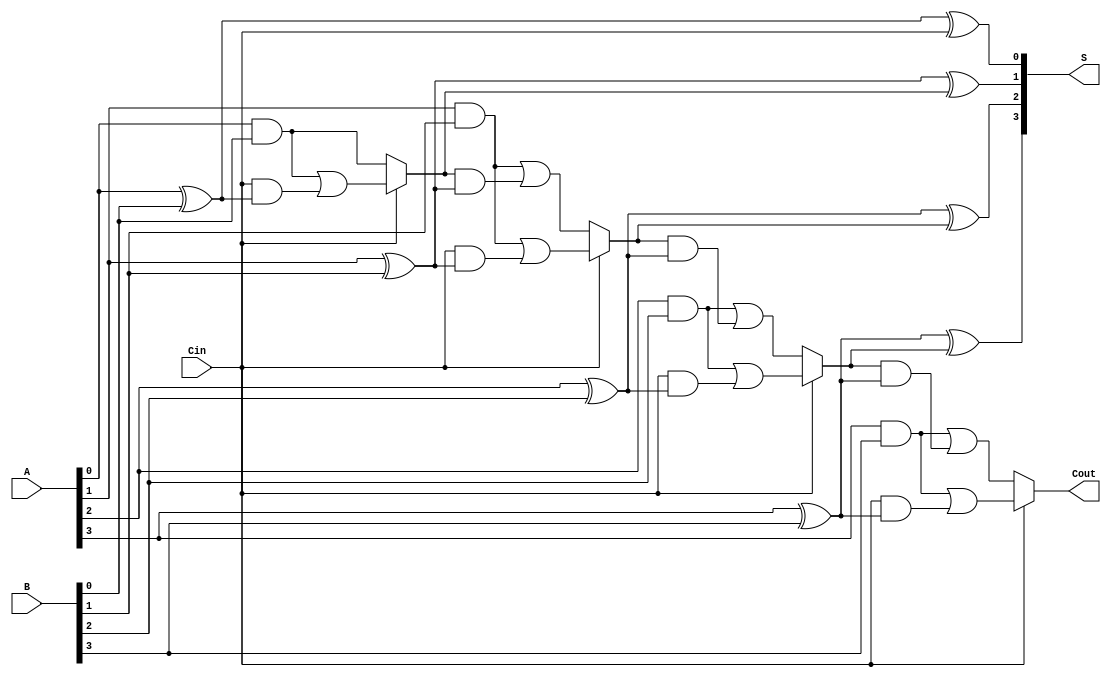
module conditional_sum_adder #(
    parameter N = 4  // Parameter to define the bit-width
) (
    input  wire [N-1:0] A,      // First n-bit input
    input  wire [N-1:0] B,      // Second n-bit input
    input  wire Cin,             // Carry-in signal
    output wire [N-1:0] S,       // Sum output
    output wire Cout             // Carry-out signal
);

    wire [N-1:0] C0, C1;         // Carry signals
    wire [N-1:0] P;              // Partial sums
    wire [N-1:0] S0, S1;         // Sum outputs with and without carry-in
    wire [N-1:0] C_in;           // Intermediate carry-in for each bit

    // Generate partial sums and carry signals
    genvar i;
    generate
        for (i = 0; i < N; i = i + 1) begin : CSA_GEN
            if (i == 0) begin
                // For the least significant bit (LSB)
                assign P[i] = A[i] ^ B[i] ^ Cin; // Partial sum
                assign C0[i] = A[i] & B[i]; // Carry assuming no carry-in
                assign C1[i] = C0[i] | (Cin & (A[i] ^ B[i])); // Carry assuming carry-in
            end else begin
                // For other bits
                assign P[i] = A[i] ^ B[i] ^ C_in[i-1]; // Partial sum
                assign C0[i] = (A[i] & B[i]) | (C_in[i-1] & (A[i] ^ B[i])); // Carry
                assign C1[i] = (A[i] & B[i]) | (Cin & (A[i] ^ B[i])); // Carry with carry-in
            end
            assign C_in[i] = (Cin ? C1[i] : C0[i]); // Select carry based on Cin
        end
    endgenerate

    // Generate final sum and carry-out
    assign S = P; // Assign partial sums to final sum output
    assign Cout = C_in[N-1]; // Final carry-out

endmodule